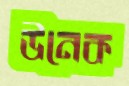
উনেক